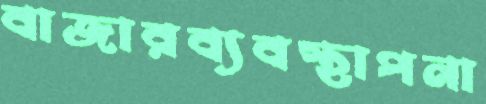
বাজারব্যবস্থাপনা